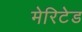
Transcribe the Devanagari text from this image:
मेरिटेड